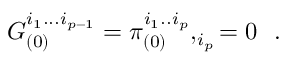
G _ { ( 0 ) } ^ { i _ { 1 } . . . i _ { p - 1 } } = \pi _ { ( 0 ) } ^ { i _ { 1 } . . i _ { p } } , _ { i _ { p } } = 0 \, \, \, \, .